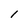
Character: 1